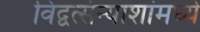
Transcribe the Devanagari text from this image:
विद्वत्संन्याशांमध्ये